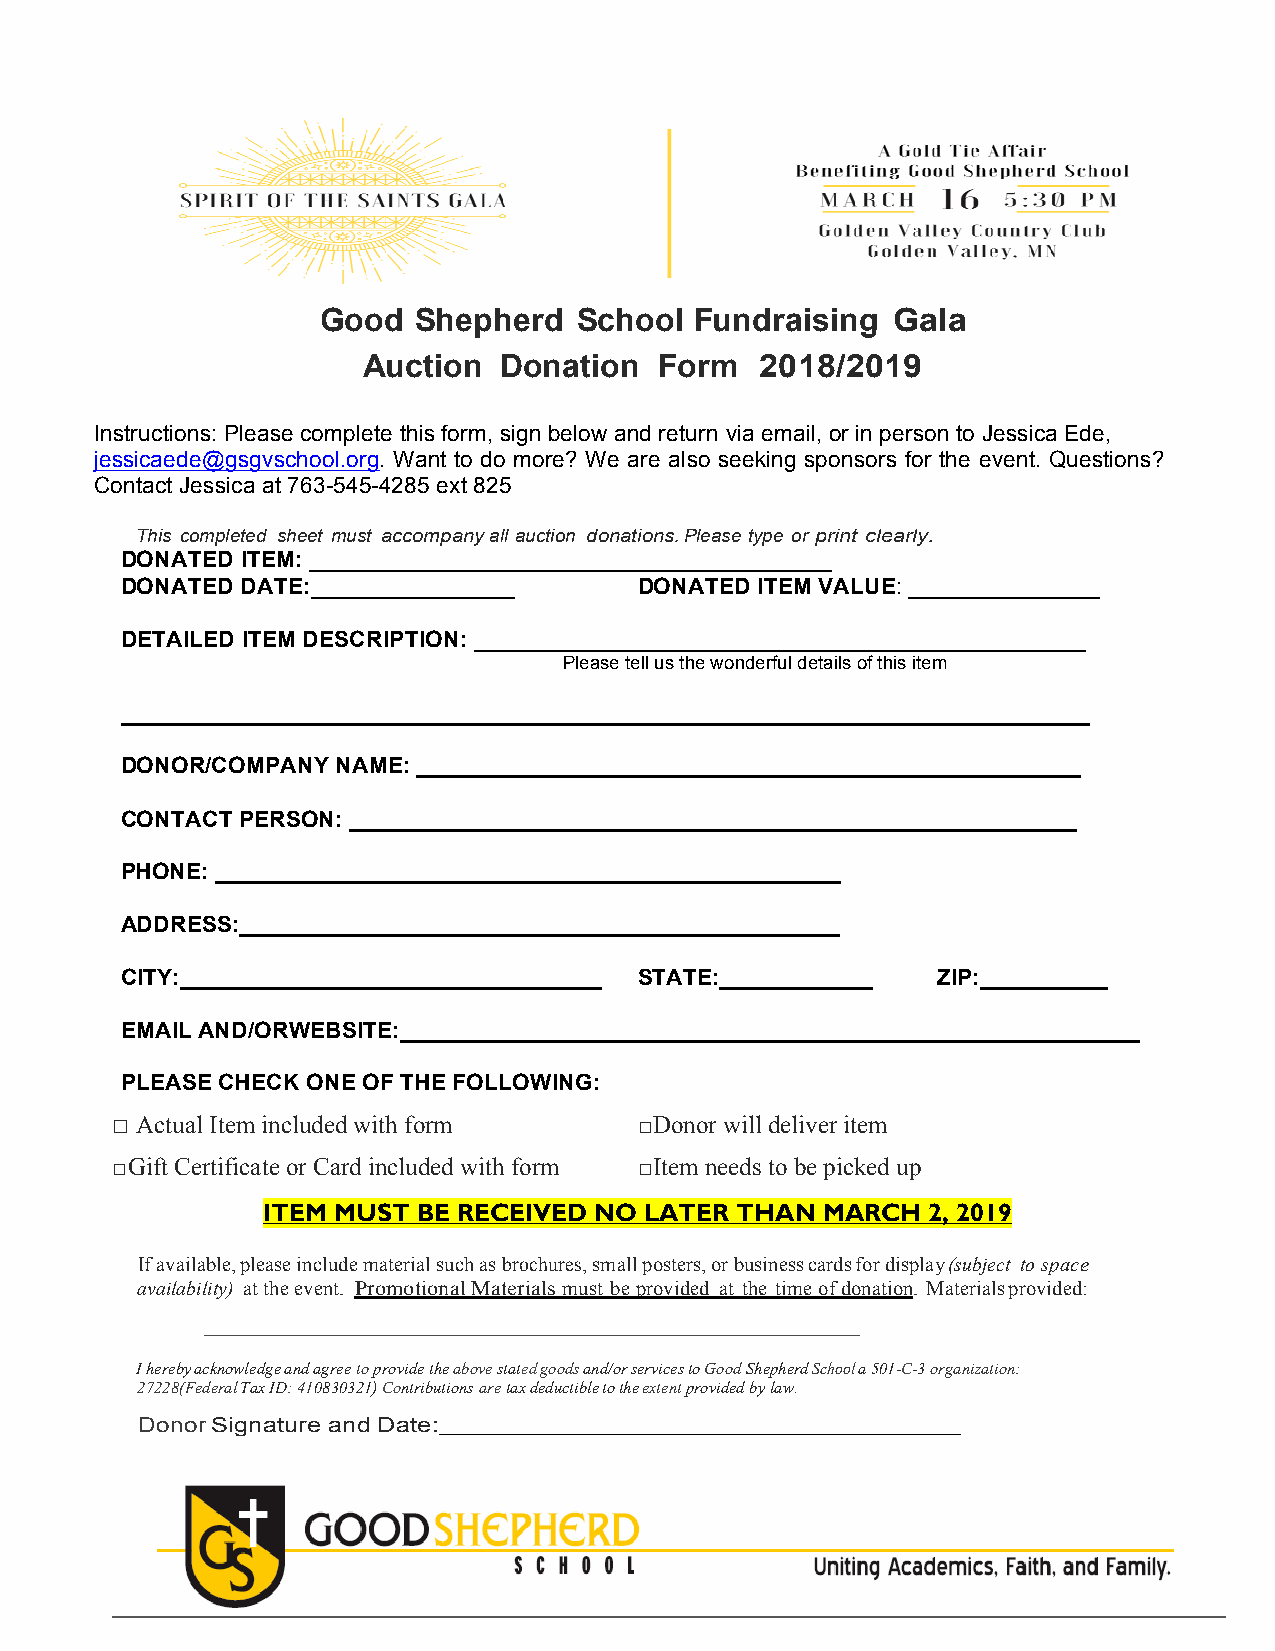
Good  Shepherd   School  Fundraising  Gala
 Auction  Donation   Form  2018/2019
 Instructions: Please complete this form, sign below and return via email, or in person to Jessica Ede,
 jessicaede@gsgvschool.org. Want to do more? We are also seeking sponsors for the event. Questions?
 Contact Jessica at 763-545-4285 ext 825
 This completed sheet must accompany all auction donations. Please type or print clearly.
 DONATED ITEM: _________________________________________
 DONATED DATE:________________     DONATED ITEM VALUE: _______________
 DETAILED ITEM DESCRIPTION: ________________________________________________
 Please tell us the wonderful details of this item
 ____________________________________________________________________________
 DONOR/COMPANY NAME: ____________________________________________________
 CONTACT PERSON: _________________________________________________________
 PHONE: _________________________________________________
 ADDRESS:_______________________________________________
 CITY:_________________________________ STATE:____________ ZIP:__________
 EMAIL AND/ORWEBSITE:__________________________________________________________
 PLEASE CHECK ONE OF THE FOLLOWING:
 □ Actual Item included with form   □Donor will deliver item
 □Gift Certificate or Card included with form □Item needs to be picked up
 ITEM MUST  BE RECEIVED NO LATER THAN  MARCH  2, 2019
 If available, please include material such as brochures, small posters, or business cards for display (subject to space
 availability) at the event. Promotional Materials must be provided at the time of donation. Materials provided:
 I hereby acknowledge and agree to provide the above stated goods and/or services to Good Shepherd School a 501-C-3 organization:
 27228(Federal Tax ID: 410830321) Contributions are tax deductible to the extent provided by law.
 Donor Signature and Date:_____________________________________________